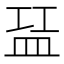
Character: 𬐝